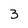
Character: 3